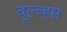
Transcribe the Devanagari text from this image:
वूल्व्ह्स